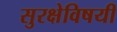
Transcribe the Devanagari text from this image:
सुरक्षेविषयी